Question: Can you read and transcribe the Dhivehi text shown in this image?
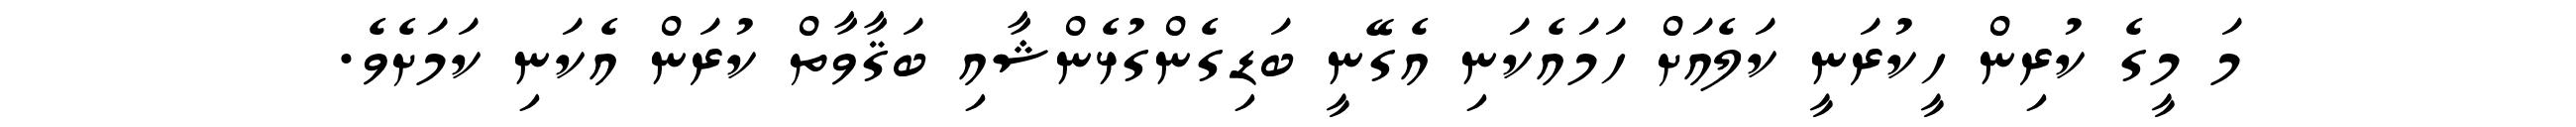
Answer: މަ މީގެ ކުރިން ހީކުރަނީ ކަލެއަށް ހަމައެކަނި އެގޭނީ ބަޑިގެންގުޅެންޝާއި ބަޤާވާތް ކުރަން އެކަނި ކަމަށެވެ.